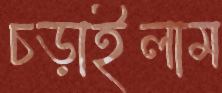
চড়াইলাম